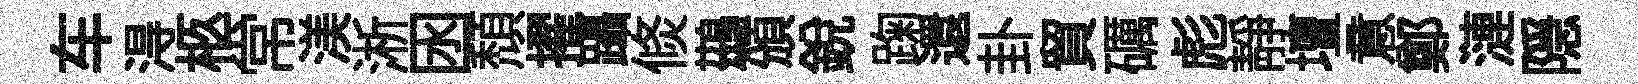
车淂柩常渼淅囦頽擢躡倐鷀頒銳踘還卦貿礪彪靜壇意鄭漣隠